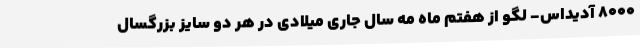
8000 آدیداس- لگو از هفتم ماه مه سال جاری میلادی در هر دو سایز بزرگسال